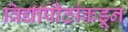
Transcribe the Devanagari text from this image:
विद्यापीठांकडून